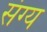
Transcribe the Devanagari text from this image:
संग्य